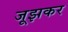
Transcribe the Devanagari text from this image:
जूझकर